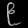
Digit: ၉